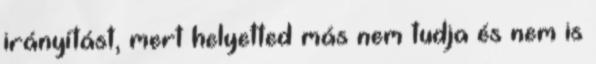
irányítást, mert helyetted más nem tudja és nem is